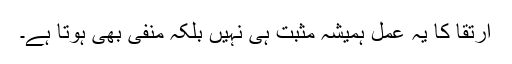
ارتقا ٔکا یہ عمل ہمیشہ مثبت ہی نہیں بلکہ منفی بھی ہوتا ہے۔